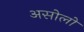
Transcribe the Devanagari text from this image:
असोलो